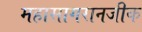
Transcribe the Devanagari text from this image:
महासागरानजीक